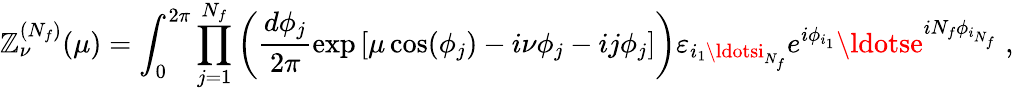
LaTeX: {\cal\mathbb{Z}}_{\nu}^{(N_{f})}(\mu)=\int_{0}^{2\pi}\prod_{j=1}^{N_{f}}\left(\frac{{d\phi_{j}}}{{2\pi}}\exp\left[\mu\cos(\phi_{j})-i\nu\phi_{j}-ij\phi_{j}\right]\right)\varepsilon_{i_{1}\ldotsi_{N_{f}}}e^{i\phi_{i_{1}}}\ldotse^{iN_{f}\phi_{i_{N_{f}}}}\; ,